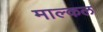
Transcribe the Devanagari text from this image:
माल्कल